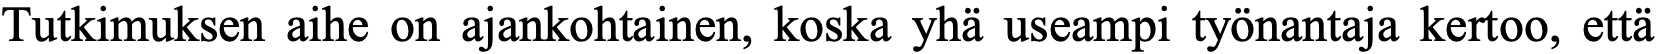
Tutkimuksen aihe on ajankohtainen, koska yhä useampi työnantaja kertoo, että